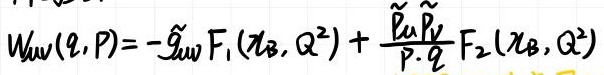
$W_{\mu\nu}(q,P)=-\tilde{g}_{\mu\nu}F_1(x_B,Q^2)+\frac{\tilde{p}_\mu\tilde{p}_\nu}{P\cdot q}F_2(x_B,Q^2)$